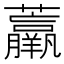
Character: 𧄿